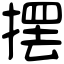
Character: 摆